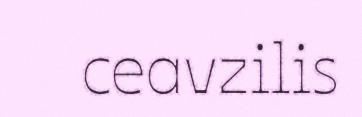
ceavzilis